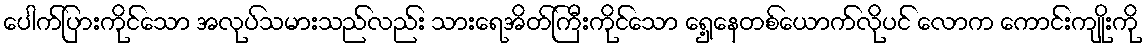
ပေါက်ပြားကိုင်သော အလုပ်သမားသည်လည်း သားရေအိတ်ကြီးကိုင်သော ရှေ့နေတစ်ယောက်လိုပင် လောက ကောင်းကျိုးကို